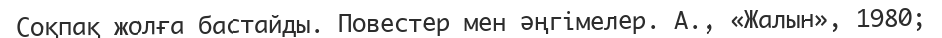
Соқпақ жолға бастайды. Повестер мен әңгімелер. А., «Жалын», 1980;